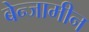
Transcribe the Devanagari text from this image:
बेन्जामीन